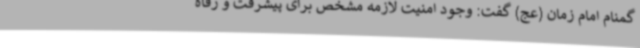
گمنام امام زمان (عج) گفت: وجود امنیت لازمه مشخص برای پیشرفت و رفاه